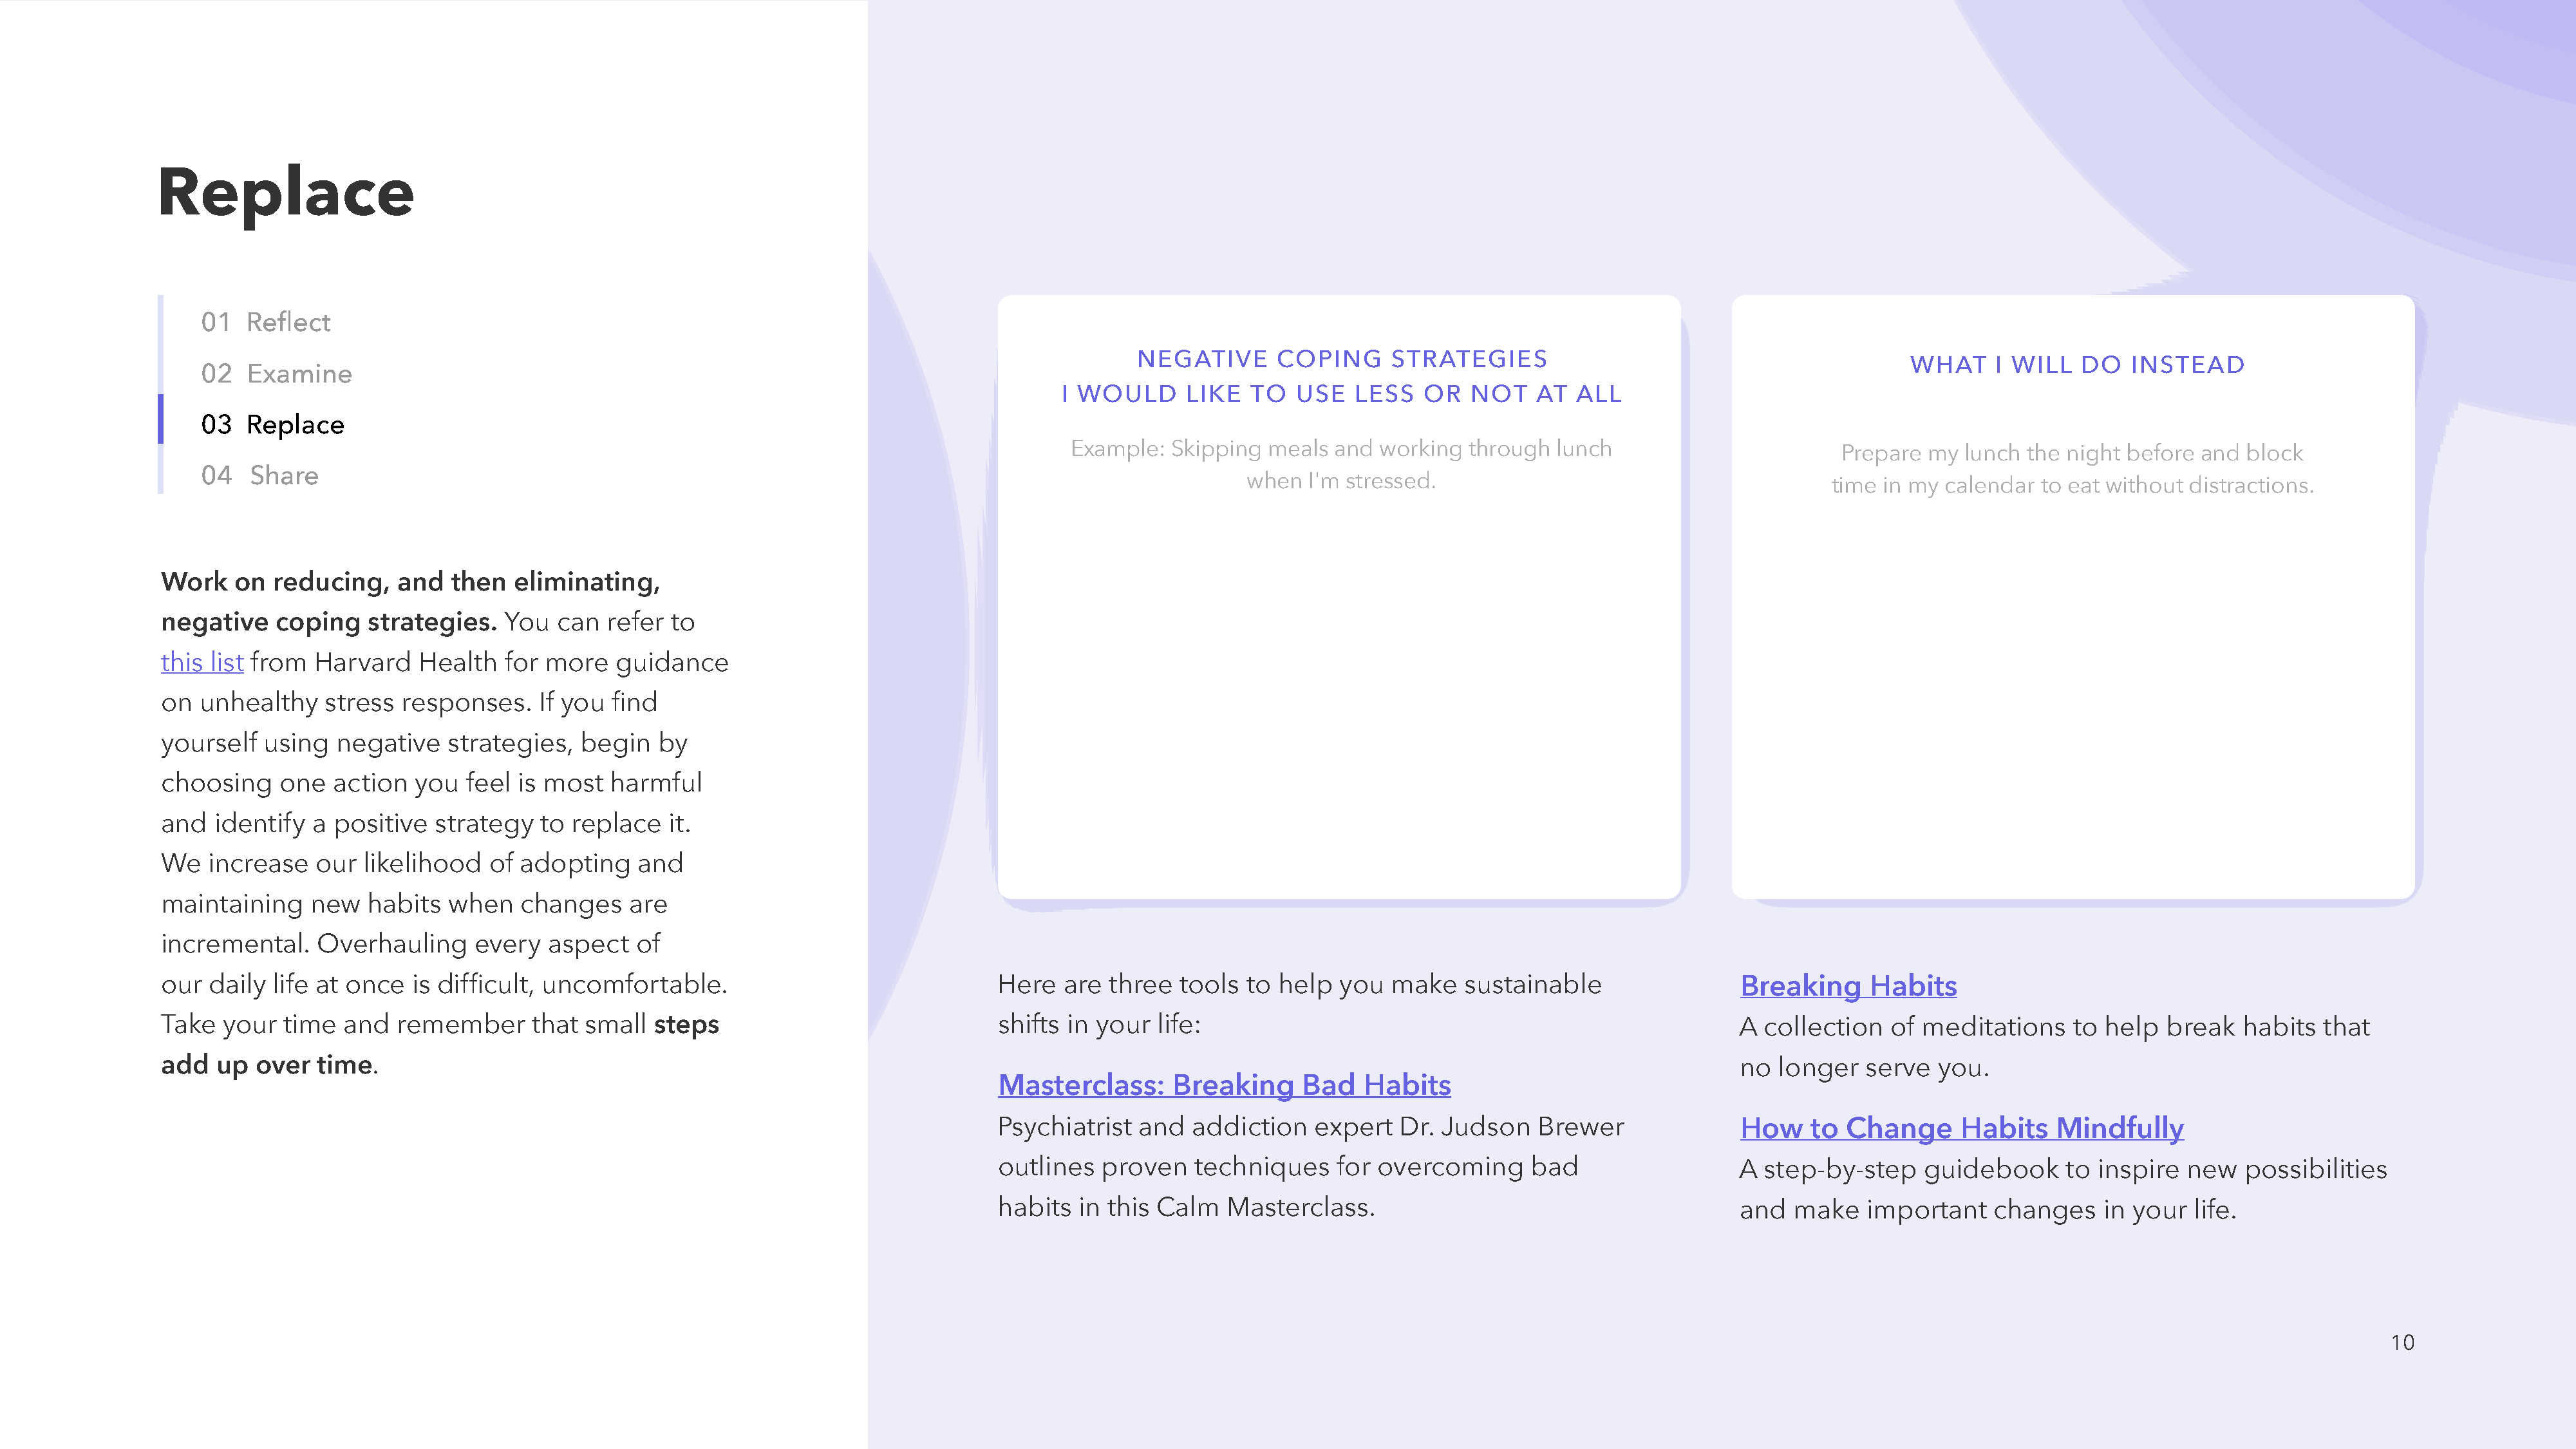
Replace
 01  Reflect
 NEGATIVE      COPING      STRATEGIES
 WHAT     I WILL   DO   INSTEAD
 02  Examine
 I WOULD      LIKE  TO   USE   LESS   OR   NOT   AT  ALL
 03  Replace
 Example:  Skipping  meals  and  working  through  lunch
 Prepare  my  lunch the night  before and  block
 04   Share
 when   I'm stressed.
 time  in my calendar  to eat without distractions.
 Work   on  reducing,    and  then   eliminating,
 negative   coping    strategies.   You  can  refer  to
 this list from Harvard    Health   for more   guidance
 on  unhealthy   stress  responses.    If you  find
 yourself  using   negative   strategies,   begin   by
 choosing    one  action   you  feel is most   harmful
 and  identify  a positive   strategy   to replace   it.
 We  increase   our  likelihood   of adopting     and
 maintaining    new   habits  when    changes    are
 incremental.    Overhauling     every  aspect   of
 our daily  life at once  is difficult, uncomfortable.                                 Here  are  three  tools  to help   you  make    sustainable                 Breaking     Habits
 Take  your  time  and   remember      that small  steps                               shifts in your  life:                                                       A collection   of  meditations    to help   break   habits  that
 add  up  over   time.                                                                                                                                             no  longer   serve  you.
 Masterclass:      Breaking     Bad   Habits
 Psychiatrist  and   addiction   expert   Dr. Judson    Brewer               How    to  Change      Habits   Mindfully
 outlines  proven    techniques    for  overcoming     bad                   A step-by-step     guidebook     to  inspire  new   possibilities
 habits  in this Calm   Masterclass.                                         and  make    important    changes    in your   life.
 10